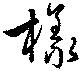
樣